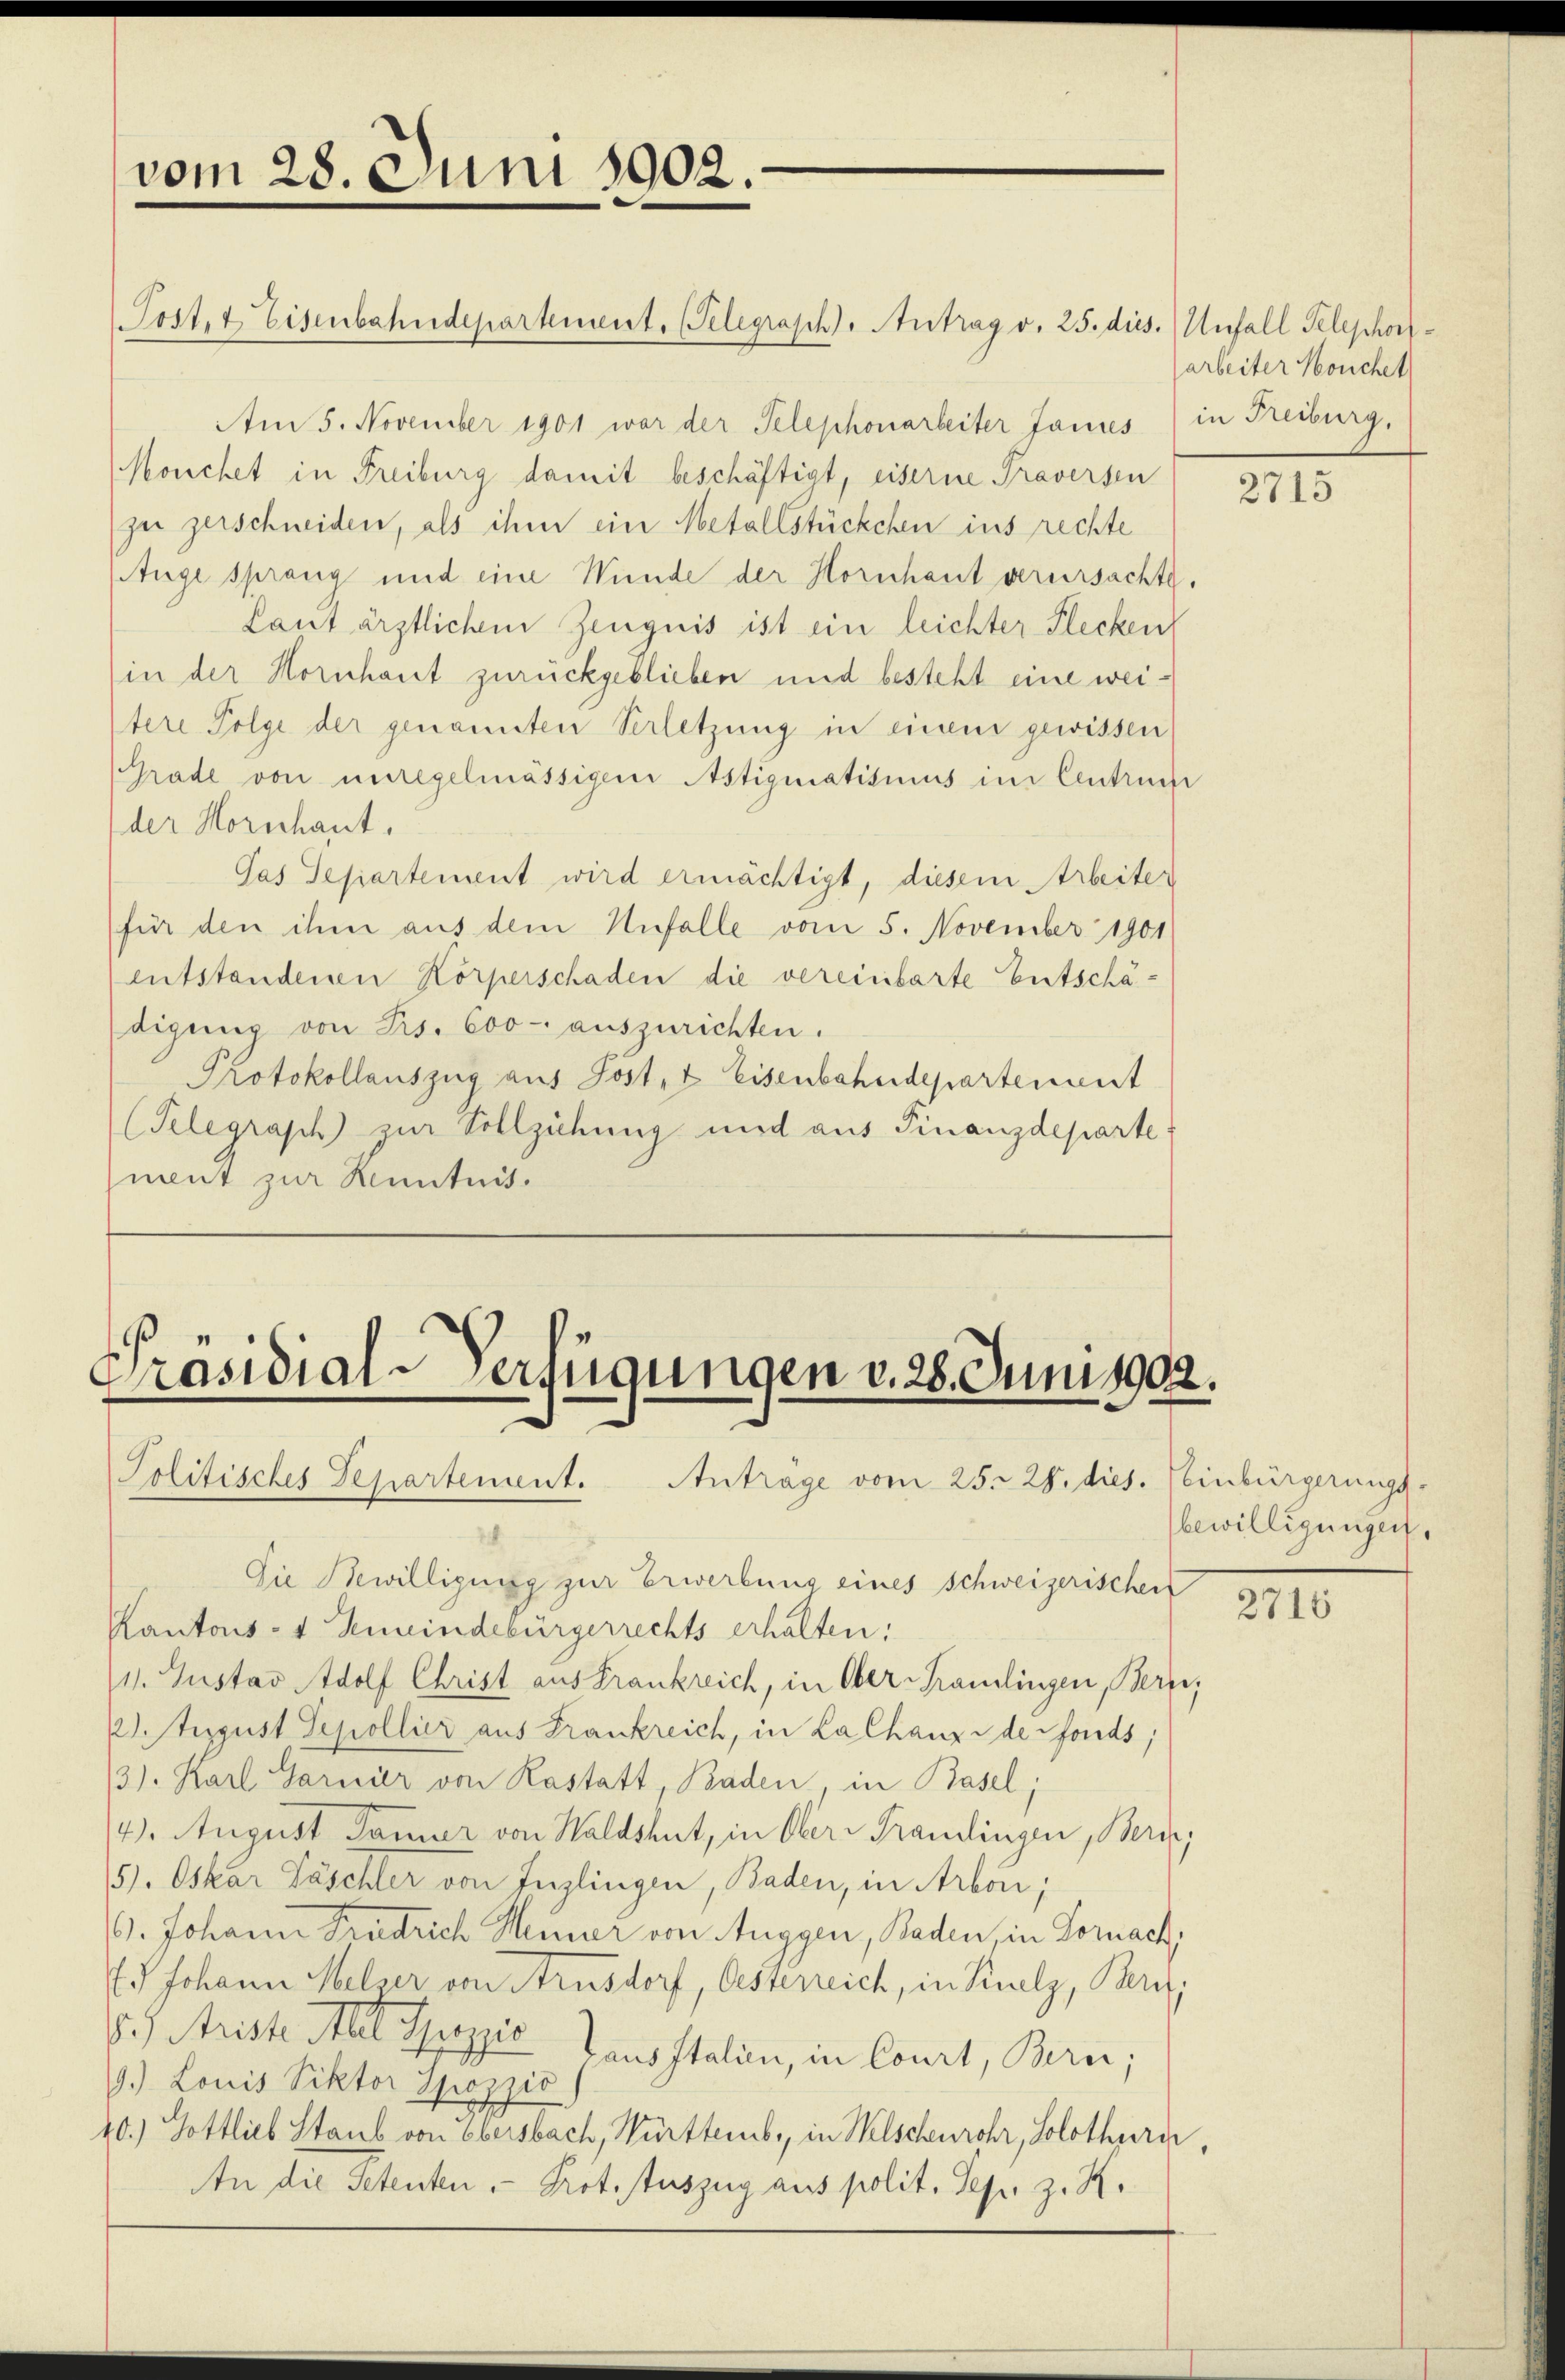
vom 28. Juni 1902.

Post, & Eisenbahndepartement. Telegraph). Antrag v. 25. dies. Unfall Telephor¬
Am 5. November 1901 war der Telephonarbeiter Jannes (in Freiburg.
Mouchet in Freiburg damit beschäftigt, eiserne Praversen
zu zerschneiden, als ihm ein Metallstückchen ins rechte
Auge sprang und eine Wunde der Hornhaut verursachte
Laut ärztlichem Zeugnis ist ein leichter Flecken
in der Hornhaut zurückgeblieben und besteht eine weitere Folge der genannten Verletzung in einem gewissen
Grade von unregelmässigen Astigmatismus im Centrich
der Horschant.
Pas Separtement wird ermächtigt, diesem Arbeiter
für den ihm aus dem Unfalle vom 5. November 1901
entstandenen Körperschaden die vereinbarte Entschädigung von Frs. 600 - auszurichten.
Protokollauszug aus Post- & Eisenbahndepartement
(Telegraph zur Vollziehung und aus Finanzdeparte
ment zur Kenntnis.

Präsidial-Verfügungen v. 28. Juni 190.
Politisches Departement. Anträge vom 25. 28. dies. Weinbürgerungs-

arbeiter Nouchet

2.

Die Bewilligung zur Erwerbung eines schweizerischen
Kantons- & Gemeindebürgerrechts erhalten:
1. Gustav Adolf Christ aus Frankreich, in Ober-Kamlingen, Bern,
.August Sepollier aus Frankreich, in Lalhanze de fonds,
3). Karl Garnier von Kastatt, Baden, in Basel;
4). August Pomer von Waldshut, in Oberr Prandingen, Beric
5). Oskar Fäschler von Inglingen, Baden, in Arbon;
6. Johann Friedrich Heiner von Auggen, Baden, in Dornach
.) Johann Melser von Arusdorf, Oesterreich, in Kuelz, Beri
8) Ariste Alt Spezić ausstalien, in Court, Bern;
9.) Louis Viktor Spozzić)
20.) Gottlieb Staub von Ebersbach, Württemb., in Welschenrohr, Solothurii,
An die Petenten Protstuszug aus polit. Sep. z. R.

2715

bewilligungen.

2716